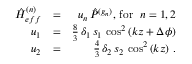
\begin{array} { r l r } { { \hat { H } } _ { e f f } ^ { ( n ) } } & { = } & { u _ { n } \, { \hat { P } } ^ { ( g _ { n } ) } , \, \mathrm { f o r } \, \, \; n = 1 , 2 } \\ { u _ { 1 } } & { = } & { \frac { 8 } { 3 } \, \delta _ { 1 } \, s _ { 1 } \, \cos ^ { 2 } \left( k z + \Delta \phi \right) } \\ { u _ { 2 } } & { = } & { \frac { 4 } { 3 } \, \delta _ { 2 } \, s _ { 2 } \, \cos ^ { 2 } \left( k z \right) \, . } \end{array}